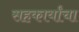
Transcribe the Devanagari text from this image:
सहकार्यांचा